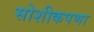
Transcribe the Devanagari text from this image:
सोशीकपणा